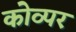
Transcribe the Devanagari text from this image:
कोव्पर